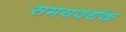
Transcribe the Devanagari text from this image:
समयवर्धक